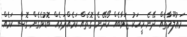
މަޢުލޫމާތެއް ދޭނެ މީހަކު ޖަވާބެއް ހޯދޭނެ ގޮތެއް ކަމެއްދަމެއް ބޮޑުވެގެން ގޮސް ކަމެއް